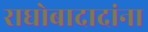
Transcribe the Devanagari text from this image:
राघोबादादांना